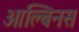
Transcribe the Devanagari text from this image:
आल्बिनस